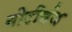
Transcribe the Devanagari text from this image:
गोटीबंद